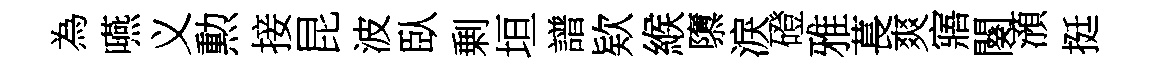
為嚥义勲接昆波臥剰垣譜欵緱隳淚磴雅萇爽寤闋澦挺